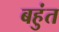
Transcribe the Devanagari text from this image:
बहुंत